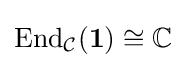
{\text{End}}_{\mathcal {C}}({\bf {1}})\cong \mathbb {C}